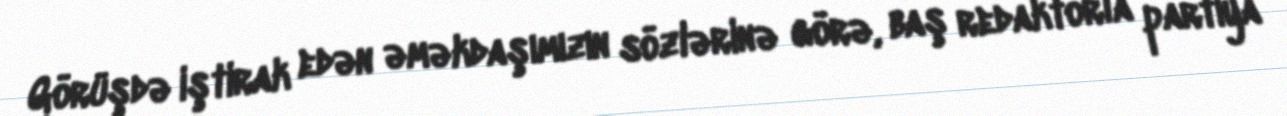
Görüşdə iştirak edən əməkdaşımızın sözlərinə görə, baş redaktorla partiya